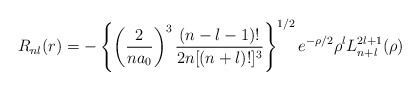
\begin{align*}R_{nl}(r)=-\left\{\left(\frac{2}{na_0}\right)^3\frac{(n-l-1)!}{2n [(n+l)!]^3}\right\}^{1/2}e^{-\rho/2}\rho^l L^{2l+1}_{n+l}(\rho)\end{align*}